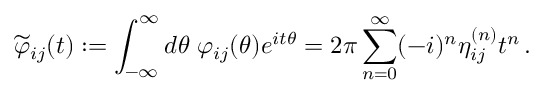
\widetilde { \varphi } _ { i j } ( t ) : = \int _ { - \infty } ^ { \infty } d \theta \; \varphi _ { i j } ( \theta ) e ^ { i t \theta } = 2 \pi \sum _ { n = 0 } ^ { \infty } ( - i ) ^ { n } \eta _ { i j } ^ { ( n ) } t ^ { n } \, .